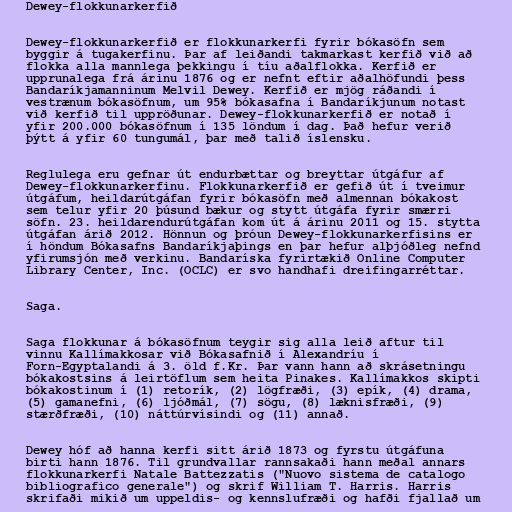
Dewey-flokkunarkerfið

Dewey-flokkunarkerfið er flokkunarkerfi fyrir bókasöfn sem
byggir á tugakerfinu. Þar af leiðandi takmarkast kerfið við að
flokka alla mannlega þekkingu í tíu aðalflokka. Kerfið er
upprunalega frá árinu 1876 og er nefnt eftir aðalhöfundi þess
Bandaríkjamanninum Melvil Dewey. Kerfið er mjög ráðandi í
vestrænum bókasöfnum, um 95% bókasafna í Bandaríkjunum notast
við kerfið til uppröðunar. Dewey-flokkunarkerfið er notað í
yfir 200.000 bókasöfnum í 135 löndum í dag. Það hefur verið
þýtt á yfir 60 tungumál, þar með talið íslensku.

Reglulega eru gefnar út endurbættar og breyttar útgáfur af
Dewey-flokkunarkerfinu. Flokkunarkerfið er gefið út í tveimur
útgáfum, heildarútgáfan fyrir bókasöfn með almennan bókakost
sem telur yfir 20 þúsund bækur og stytt útgáfa fyrir smærri
söfn. 23. heildarendurútgáfan kom út á árinu 2011 og 15. stytta
útgáfan árið 2012. Hönnun og þróun Dewey-flokkunarkerfisins er
í höndum Bókasafns Bandaríkjaþings en þar hefur alþjóðleg nefnd
yfirumsjón með verkinu. Bandaríska fyrirtækið Online Computer
Library Center, Inc. (OCLC) er svo handhafi dreifingarréttar.

Saga.

Saga flokkunar á bókasöfnum teygir sig alla leið aftur til
vinnu Kallímakkosar við Bókasafnið í Alexandríu í
Forn-Egyptalandi á 3. öld f.Kr. Þar vann hann að skrásetningu
bókakostsins á leirtöflum sem heita Pinakes. Kallímakkos skipti
bókakostinum í (1) retorík, (2) lögfræði, (3) epík, (4) drama,
(5) gamanefni, (6) ljóðmál, (7) sögu, (8) læknisfræði, (9)
stærðfræði, (10) náttúrvísindi og (11) annað.

Dewey hóf að hanna kerfi sitt árið 1873 og fyrstu útgáfuna
birti hann 1876. Til grundvallar rannsakaði hann meðal annars
flokkunarkerfi Natale Battezzatis ("Nuovo sistema de catalogo
bibliografico generale") og skrif William T. Harris. Harris
skrifaði mikið um uppeldis- og kennslufræði og hafði fjallað um